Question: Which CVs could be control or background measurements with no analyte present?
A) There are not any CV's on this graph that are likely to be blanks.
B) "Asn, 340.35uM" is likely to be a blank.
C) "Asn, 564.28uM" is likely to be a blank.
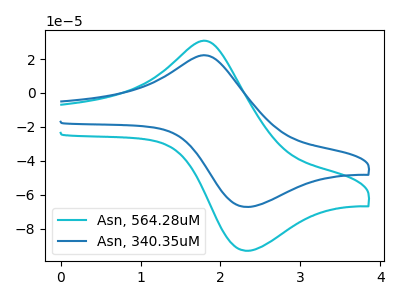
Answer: <think>The cyan curve "Asn, 564.28uM" has an anodic peak at (1.85V, 30.45uA) and a cathodic peak at (2.30V, -92.95uA). The blue curve "Asn, 340.35uM" has an anodic peak at (1.85V, 22.00uA) and a cathodic peak at (2.30V, -67.15uA).</think>
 <answer>A) There are not any CV's on this graph that are likely to be blanks.</answer>
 <eval>A</eval>